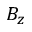
B _ { z }